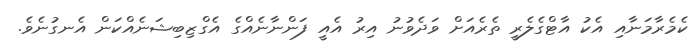
ކެމެރާމަނާއި އެކު އާޓްގެލެރީ ތެރެއަށް ވަދެވުނު އިރު އެއީ ފަންނާނެއްގެ އެގްޒިބިޝަނެއްކަން އެނގުނެވެ.